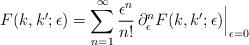
LaTeX: \begin{align*}F(k,k';\epsilon)=\sum_{n=1}^\infty \frac{\epsilon^n}{n!} \,{\partial_\epsilon^n F(k,k';\epsilon)}\Big|_{\epsilon=0}\end{align*}